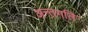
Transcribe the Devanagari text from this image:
अन्तगति